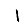
Digit: 1